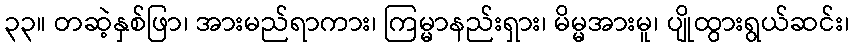
၃၃။ တဆဲ့နှစ်ဖြာ၊ အားမည်ရာကား၊ ကြမ္မာနည်းရှား၊ မိမ္မအားမူ၊ ပျိုထွားရွယ်ဆင်း၊